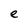
Character: e